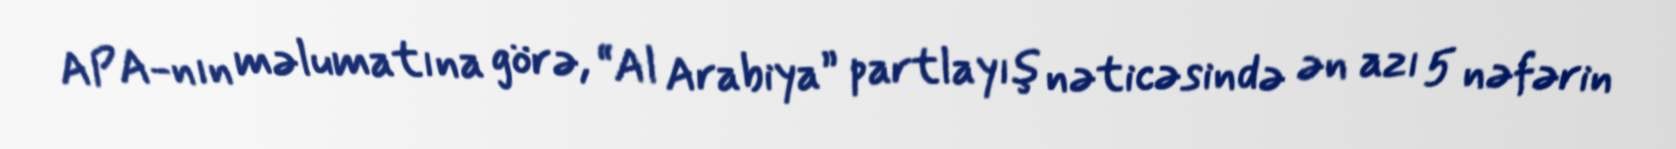
APA-nın məlumatına görə, “Al Arabiya” partlayış nəticəsində ən azı 5 nəfərin